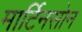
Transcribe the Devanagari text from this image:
मार्टिनसोन